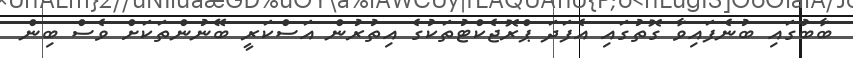
ބާބުގައި ބުނެފައިވާ ގޮތުގައި އެފަދަ ޕްރޮޖެކްޓުތަކުގެ އިތުރުން އަސްކަރީ ބޭނުންތަކަށް ވެސް ބިން